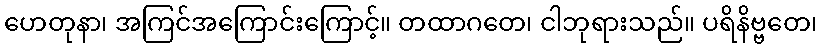
ဟေတုနာ၊ အကြင်အကြောင်းကြောင့်။ တထာဂတေ၊ ငါဘုရားသည်။ ပရိနိဗ္ဗတေ၊